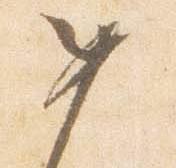
如